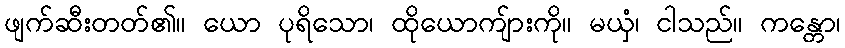
ဖျက်ဆီးတတ်၏။ ယော ပုရိသော၊ ထိုယောကျ်ားကို။ မယှံ၊ ငါသည်။ ကန္တော၊